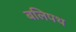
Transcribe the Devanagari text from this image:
बलिपथ